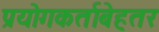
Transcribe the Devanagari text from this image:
प्रयोगकर्ताबेहतर